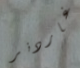
غاردنر